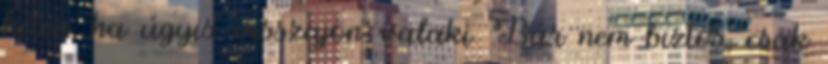
héten, ha úgyis visszajön valaki. Bár nem biztos, csak